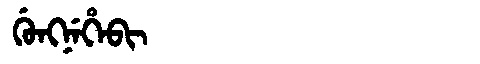
Manchu: ᡤᡠᠩᠨᡝᡥᡝᠪᡳ
Romanization: GUNGNEHEBI